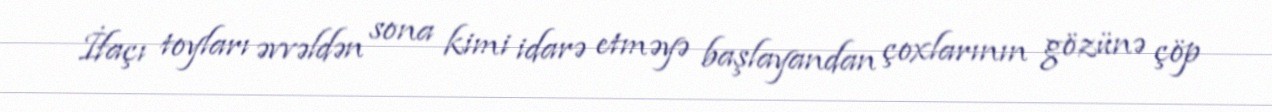
İfaçı toyları əvvəldən sona kimi idarə etməyə başlayandan çoxlarının gözünə çöp